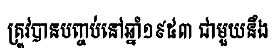
ត្រូវបានបញ្ចប់នៅឆ្នាំ១៩៥៣ ជាមួយនឹង